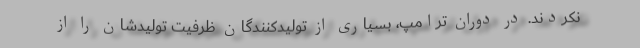
نکردند. در دوران ترامپ، بسیاری از تولیدکنندگان ظرفیت تولیدشان را از